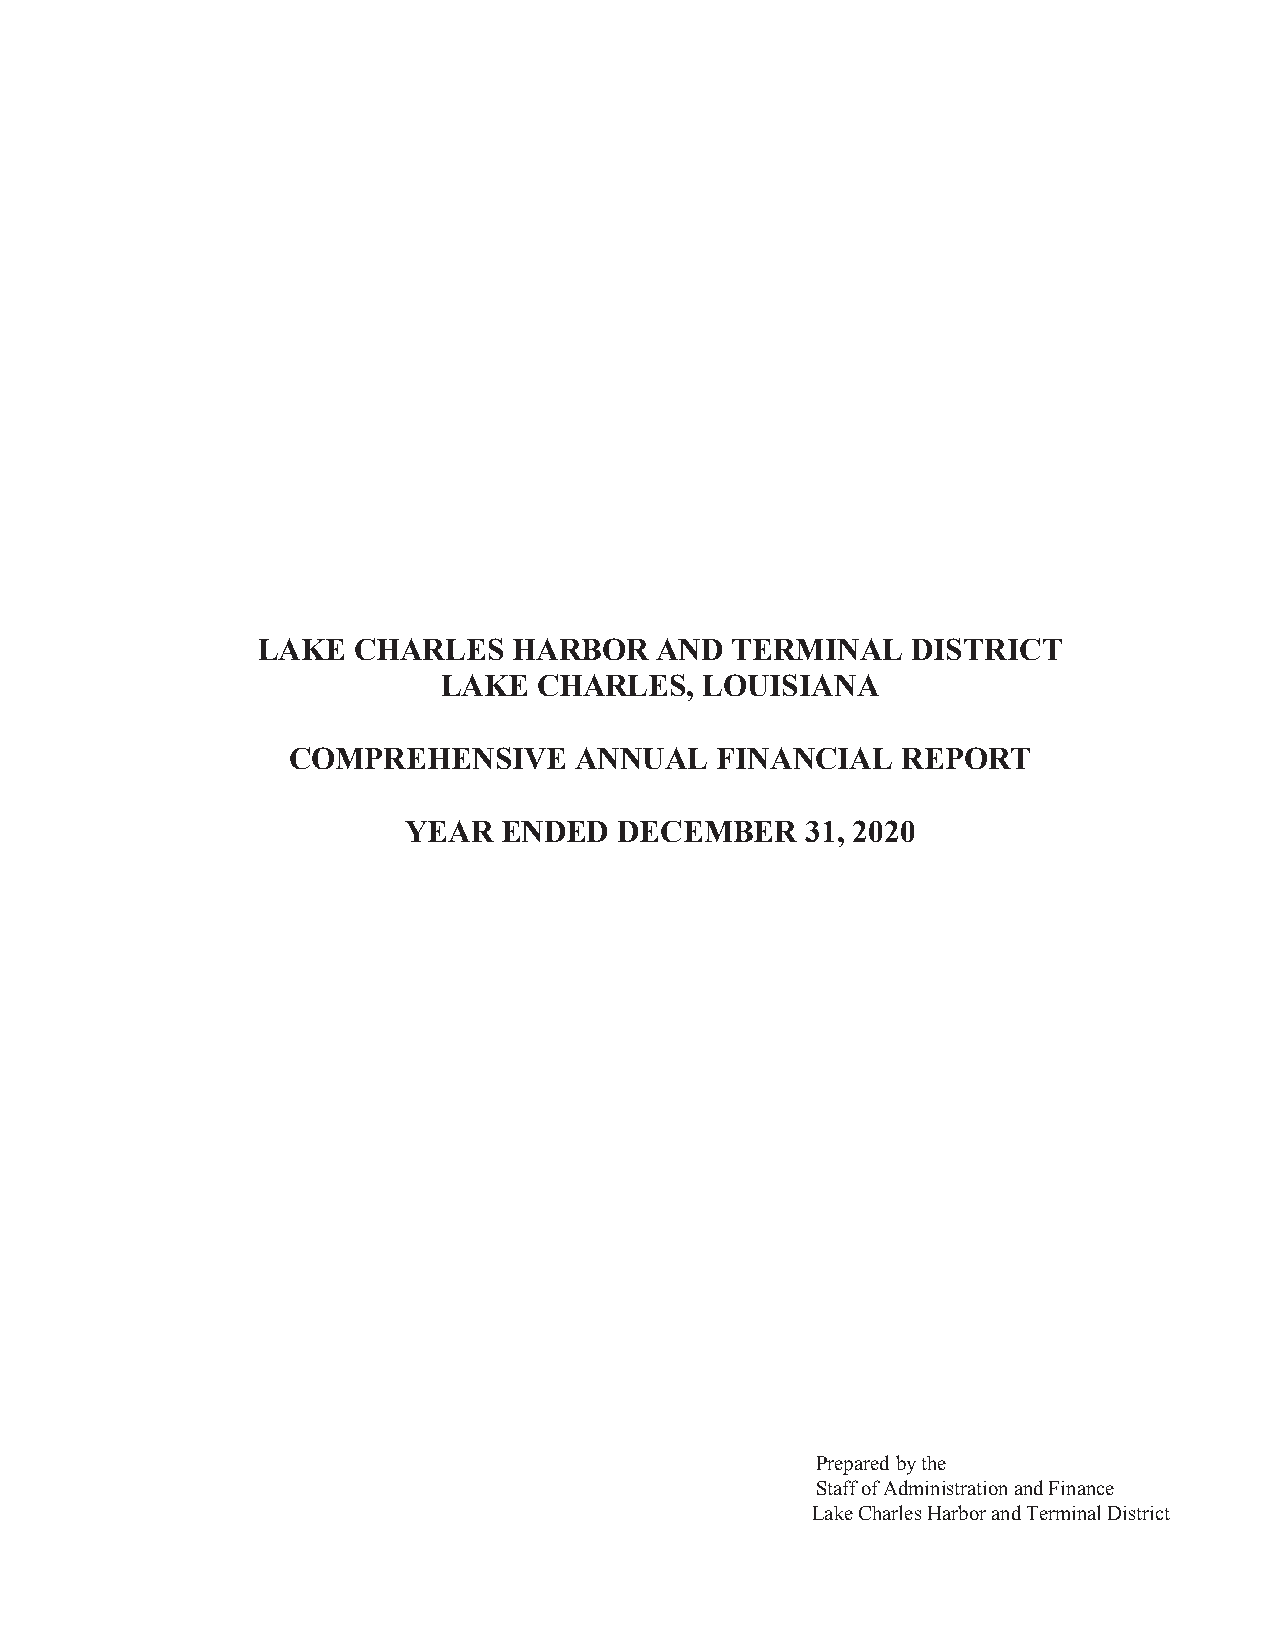
LAKE  CHARLES    HARBOR   AND  TERMINAL    DISTRICT
 LAKE   CHARLES,   LOUISIANA
 COMPREHENSIVE      ANNUAL   FINANCIAL    REPORT
 YEAR  ENDED   DECEMBER    31, 2020
 Prepared by the
 Staff of Administration and Finance
 Lake Charles Harbor and Terminal District